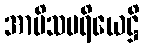
အာမိသပရိယေဋ္ဌိ